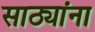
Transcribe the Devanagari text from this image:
साठ्यांना